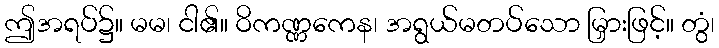
ဤအရပ်၌။ မမ၊ ငါ၏။ ဝိကဏ္ဏကေန၊ အရွယ်မတပ်သော မြှားဖြင့်။ တွံ၊